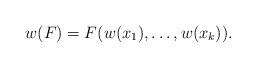
LaTeX: \begin{align*} w(F)=F(w(x_1),\dots,w(x_k)).\end{align*}